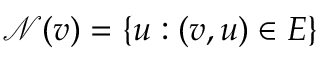
\mathcal { N } ( v ) = \{ u : ( v , u ) \in E \}